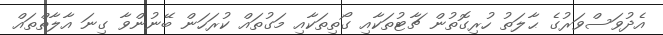
އެދުވަސްވަރުގެ ޙާލަތު ހުރިގޮތުން ޗާޓުތަކާއި ގޯތިތަކާއި މަގުތައް ކުރަހަން ބޭނުންވާ ގިނަ އާލާތްތައް